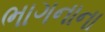
ભાગનાના